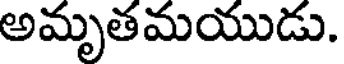
అమృతమయుడు.